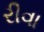
રીવા